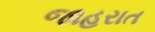
જાહરાત